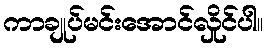
ကာချုပ်မင်းအောင်လှိုင်ပါ။